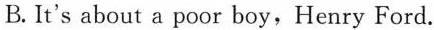
B. It's about a poor boy,Henry Ford.